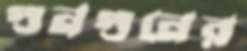
গুনগুনের